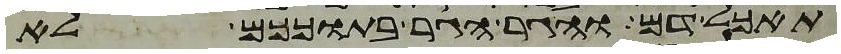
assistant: תאכל דם והגר הגר בתוככם לא